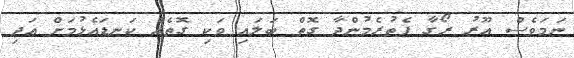
ނަމަވެސް އޫރު ރޯގާ ފެތުރެމުންދާ ގޮތް ބަލައި ވަކި ގޮތެއް ކަނޑައެޅުމަށް އަދި